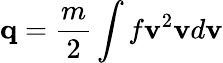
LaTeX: \mathbf{q}={\frac{m}{2}}\int f\mathbf{v}^{2}\mathbf{v}d\mathbf{v}